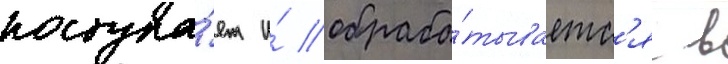
поступа́ет и́ обраба́тываетс'я в